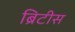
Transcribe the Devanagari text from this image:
ब्रिटीस